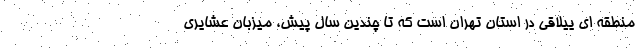
منطقه ای ییلاقی در استان تهران است که تا چندین سال پیش، میزبان عشایری